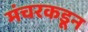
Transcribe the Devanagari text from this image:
मंचरकडून